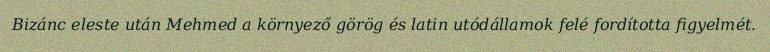
Bizánc eleste után Mehmed a környező görög és latin utódállamok felé fordította figyelmét.